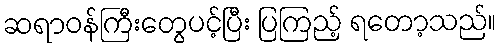
ဆရာဝန်ကြီးတွေပင့်ပြီး ပြကြည့် ရတော့သည်။